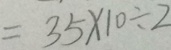
= 3 5 \times 1 0 \div 2